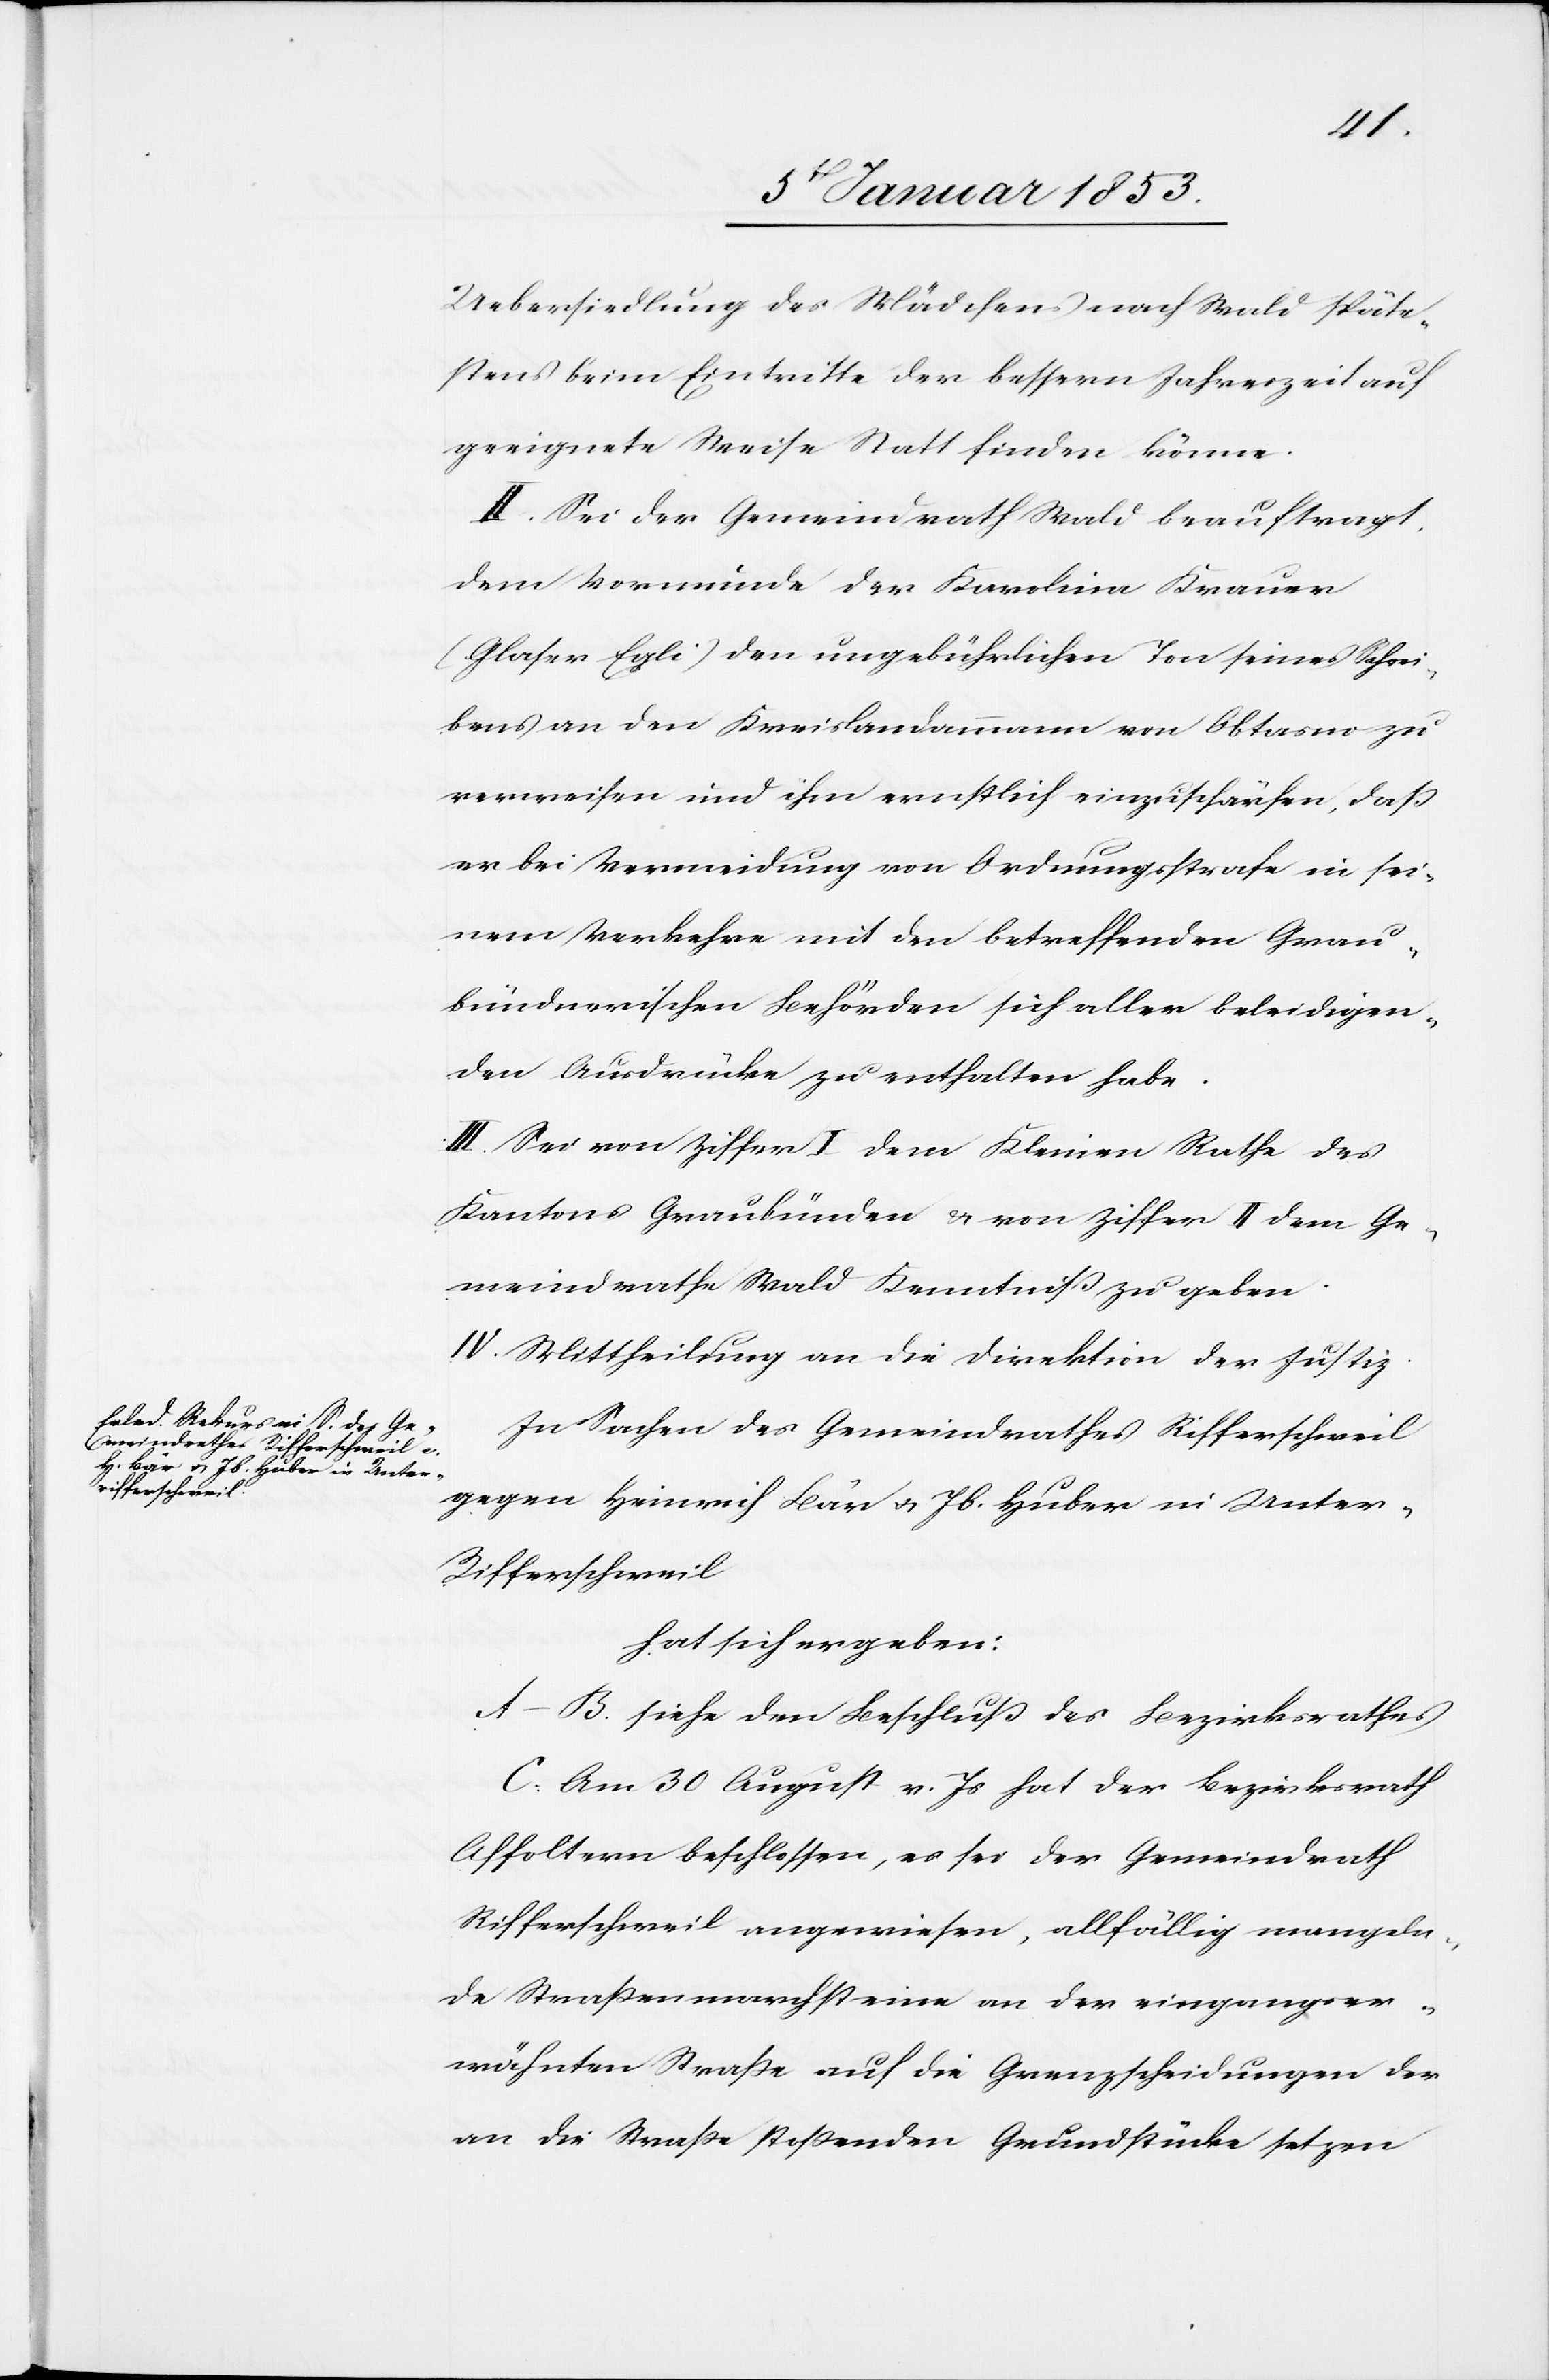
iffertschweil

Uebersiedlung des Mädchens nach Wald späte¬
stens beim Eintritte der bessern Jahrszeit auf
geeignete Weise Statt finden könne.
II. Sei der Gemeindrath Wald beauftragt
dem Vormunde der Karolina Krauer
(Glaser Egli) den ungebührlichen Ton seines Schrei¬
bens an den Kreislandammann von Obtasno? zu
verweisen und ihm ernstlich einzuschärfen, daß
er bei Vermeidung von Ordnungsstrafe in sei¬
nem Verkehre mit den betreffenden Grau¬
bündnerischen Behörden sich aller beleidigen¬
den Ausdrücke zu enthalten habe.
III. Sei von Ziffer I. dem Kleinen Rathe des
Kantons Graubünden u. von Ziffer II. dem Ge¬
meindrathe Wald Kenntniß zu geben.
IV. Mittheilung an die Direktion der Justiz.
In Sachen des Gemeindrathes Riffertschweil
gegen Heinrich Bär u. Jb. Huber in Unter-R¬
hat sich ergeben:
A–B. siehe den Beschluß des Bezirksrathes
C. Am 30 August v. Js. hat der Bezirksrath
Affoltern beschlossen, es sei der Gemeindrath
Riffertschweil angewiesen, allfällig mangeln¬
de Straßenmarchsteine an der eingangser¬
wähnten Straße auf die Grenzscheidungen der
an die Straße stossenden Grundstücke setzen